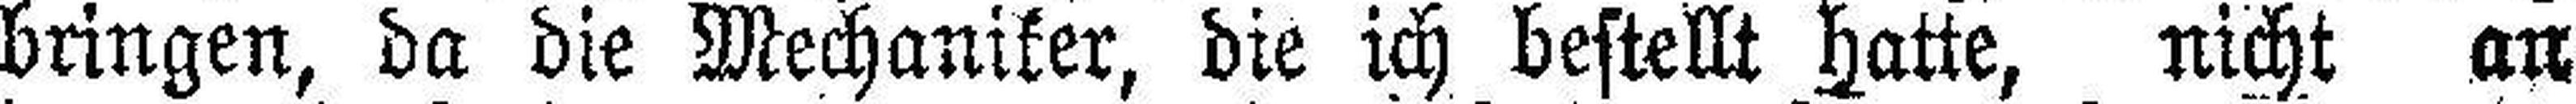
bringen, da die Mechaniker, die ich bestellt hatte, nicht an